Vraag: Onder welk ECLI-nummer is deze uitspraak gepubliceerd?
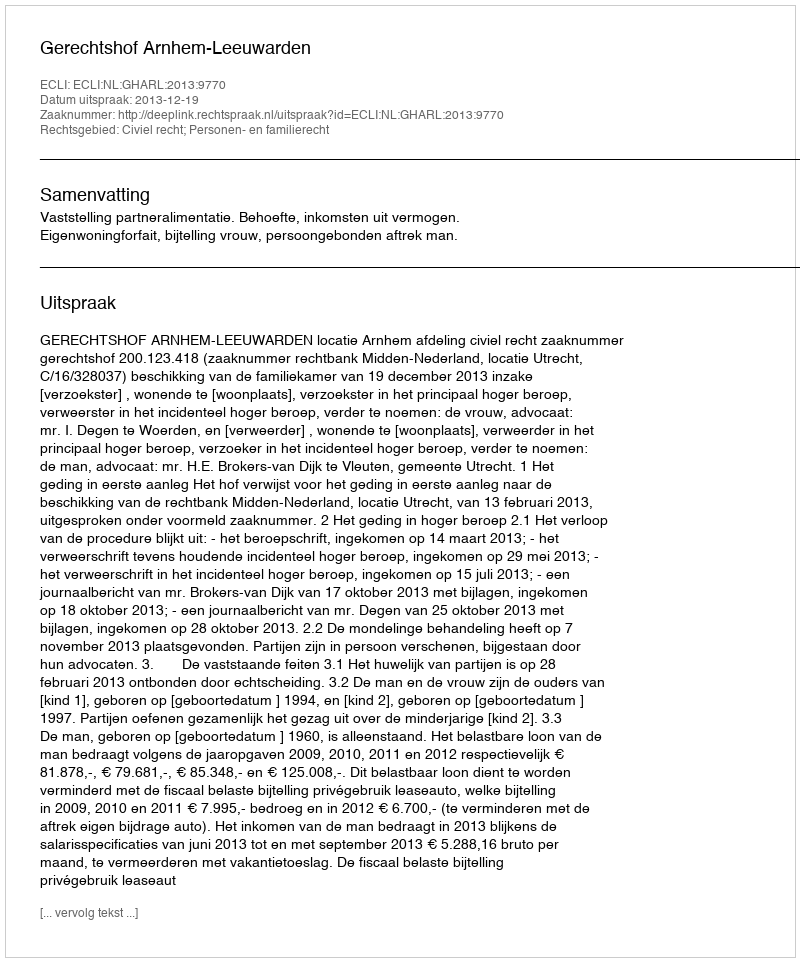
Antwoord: ECLI:NL:GHARL:2013:9770